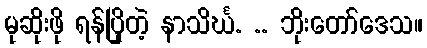
မုဆိုးဖို ရန်ပြိုတဲ့ နာသိင်္ဃ. .. ဘိုးတော်ဒေသ။